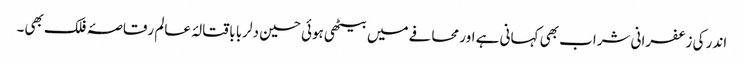
اندر کی زعفرانی شراب بھی کہانی ہے اور محافے میں بیٹھی ہوئی حسین دلربا باقتالۂ عالم رقاصۂ فلک بھی۔